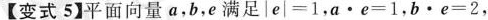
【变式5】平面向量a，b，e满足|e|=1，a·e=1，b·e=2，